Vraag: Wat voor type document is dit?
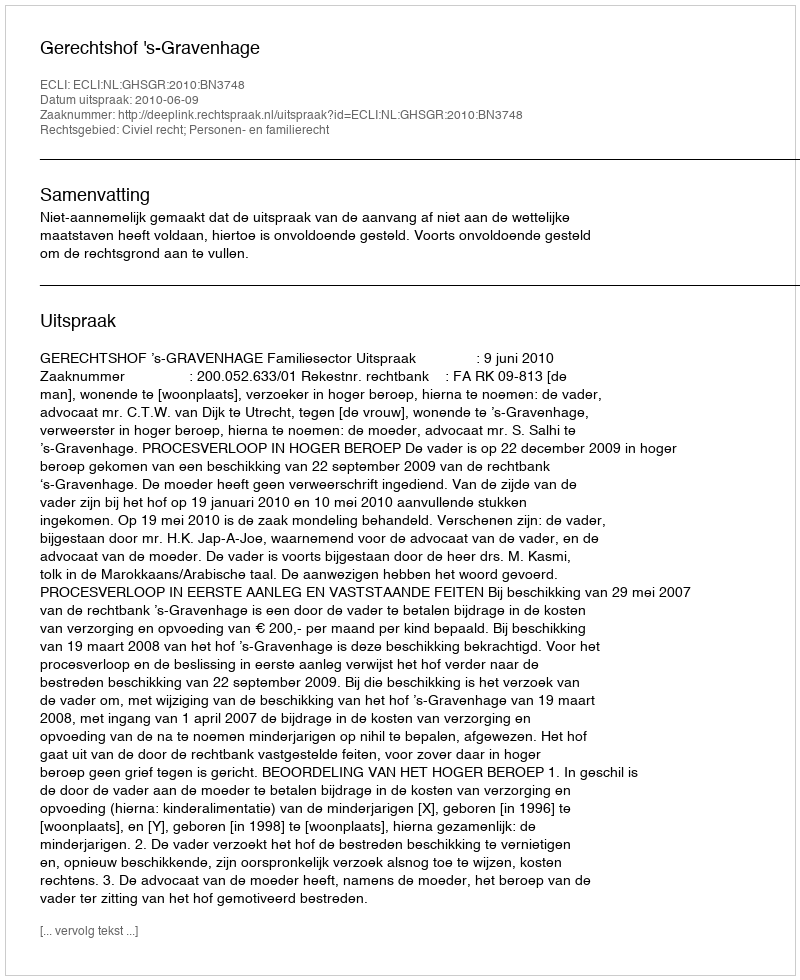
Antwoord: Uitspraak